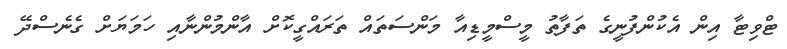
ޓްވިޓާ އިން އެކުންފުނީގެ ތަފާތު މީސްމީޑިއާ މަންސަތައް ތަރައްގީކޮށް އާންމުންނާއި ހަމަޔަށް ގެނެސްދޭ